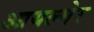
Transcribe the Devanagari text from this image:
आयल्मेर